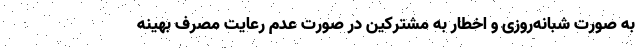
به صورت شبانه‌روزی و اخطار به مشترکین در صورت عدم رعایت مصرف بهینه